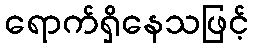
ရောက်ရှိနေသဖြင့်